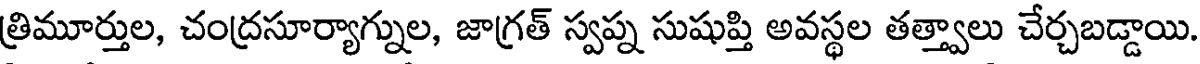
త్రిమూర్తుల, చంద్రసూర్యాగ్నుల, జాగ్రత్ స్వప్న సుషుప్తి అవస్థల తత్త్వాలు చేర్చబడ్డాయి.